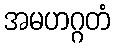
အမဟဂ္ဂတံ